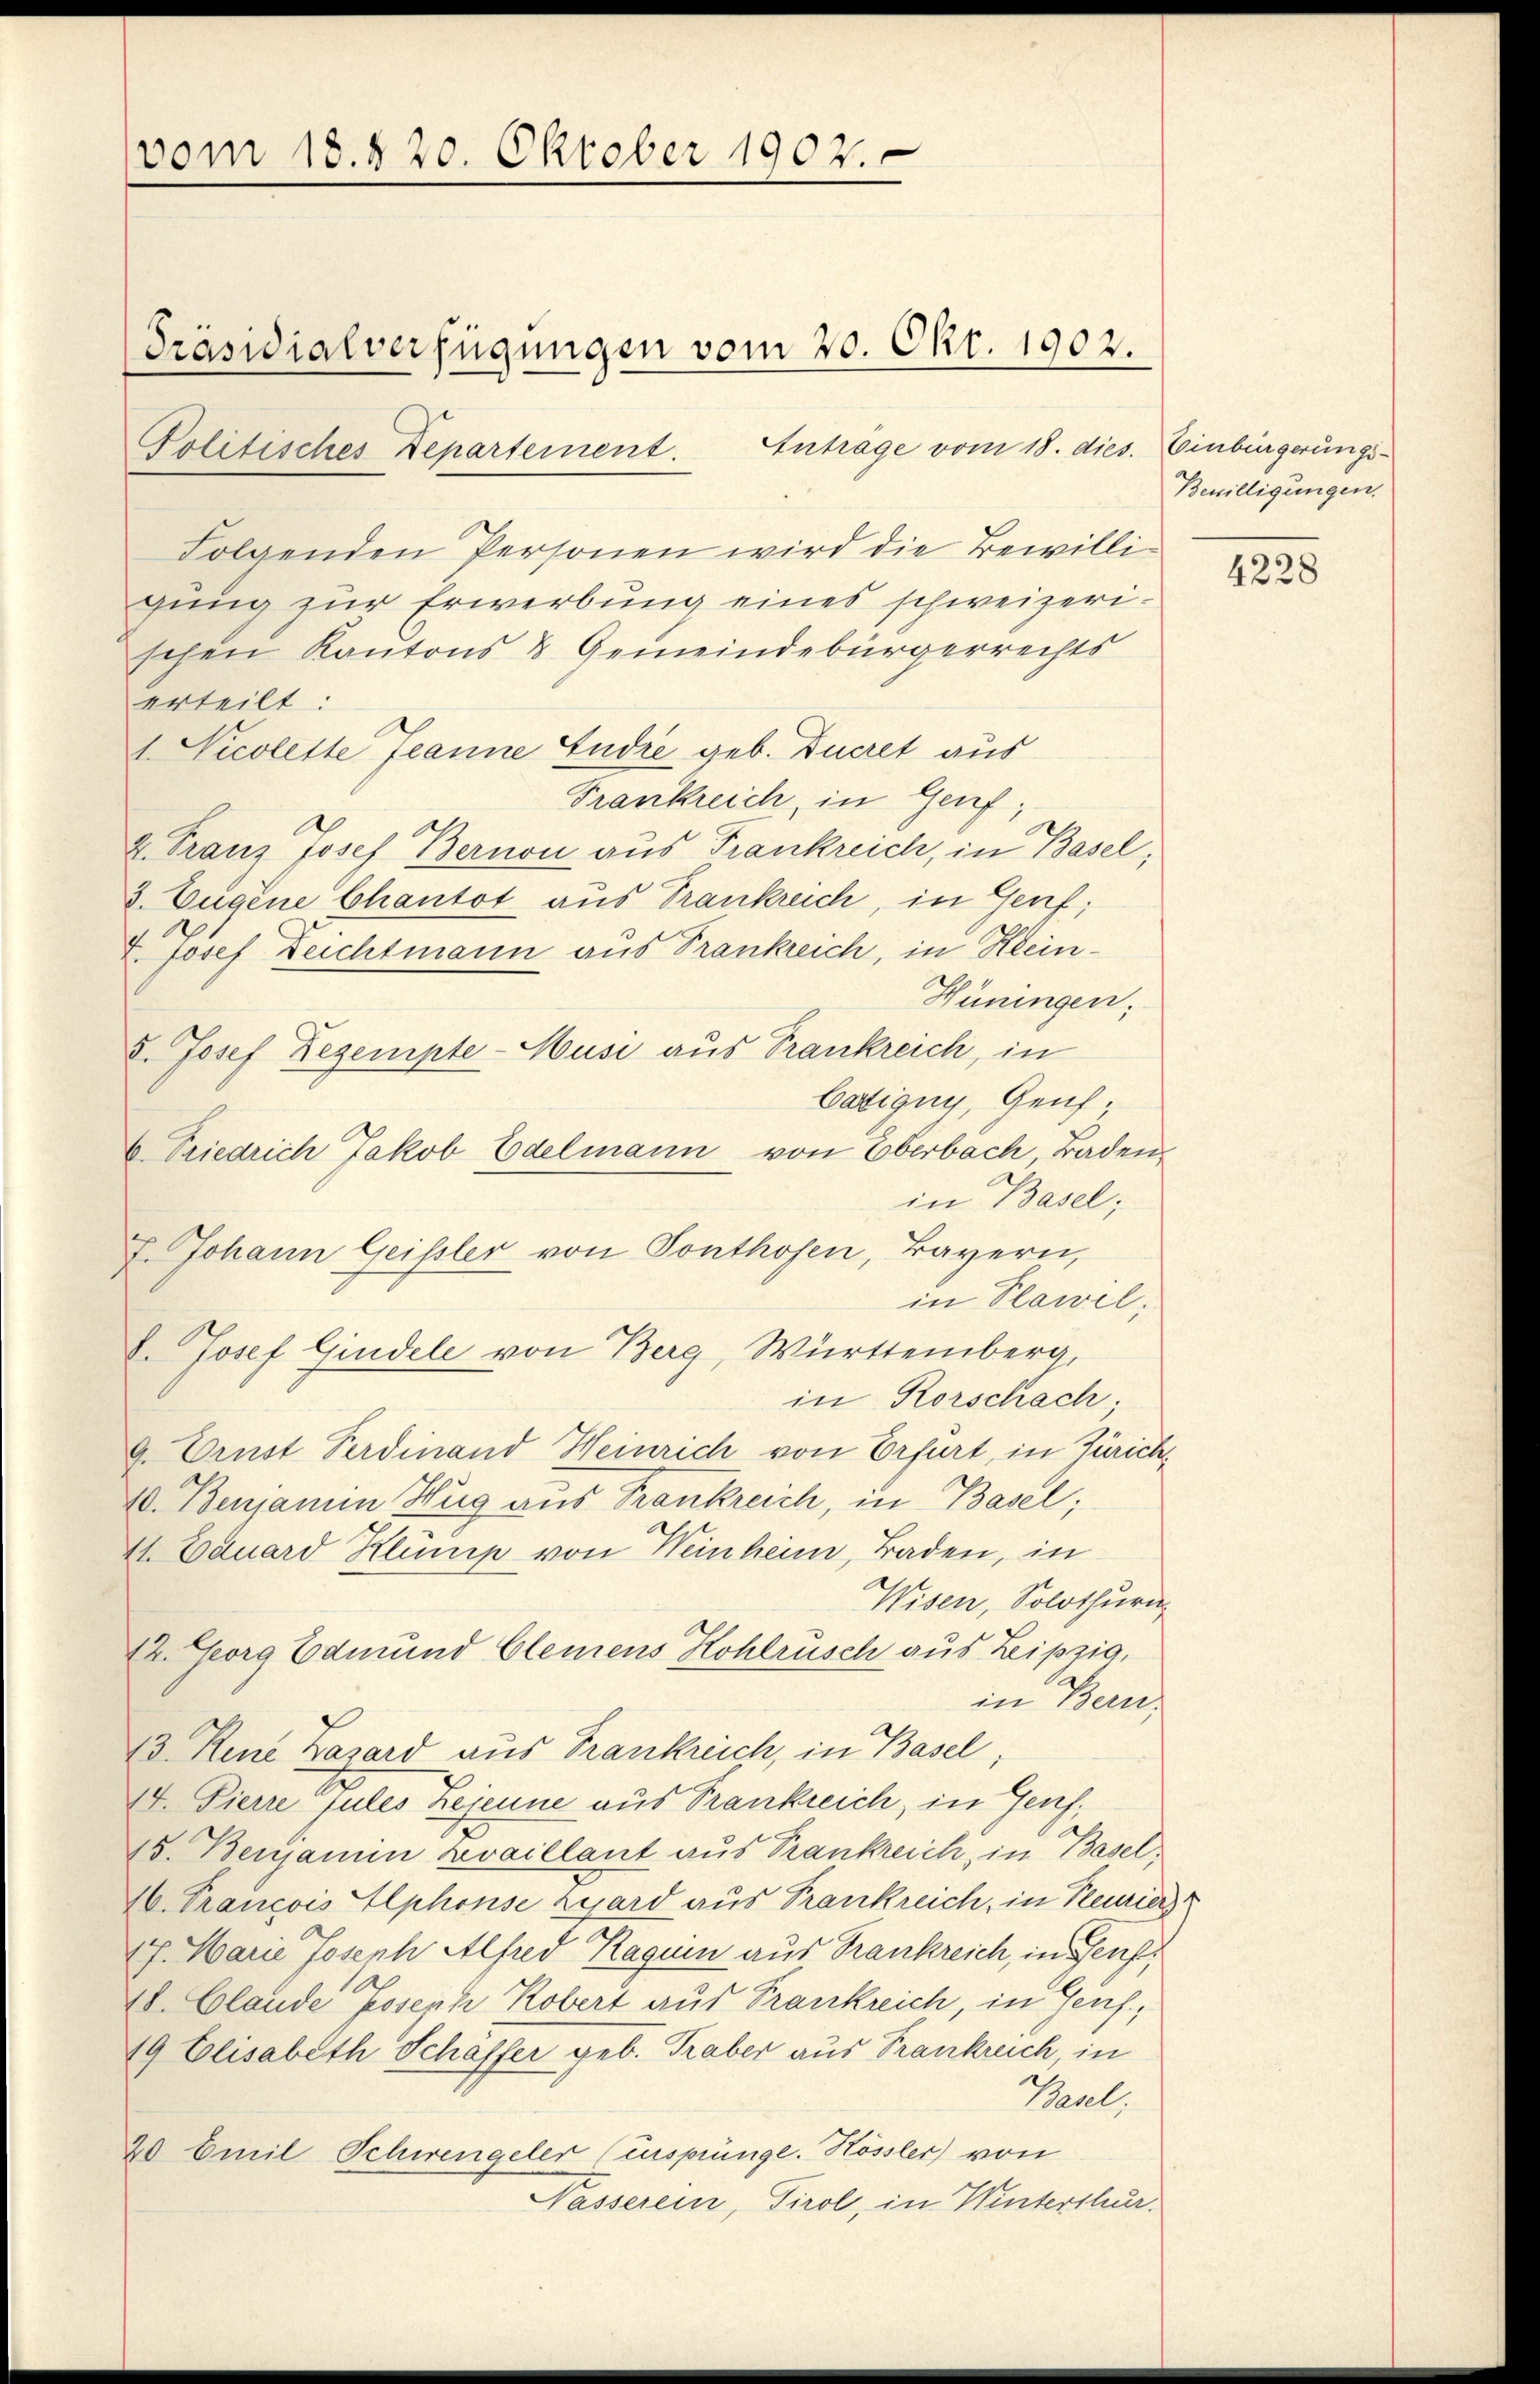
vom 18. § 20. Oktober 1902.

Politisches Departement. Anträge vom 18. dies. Einbürgerungs-
Folgenden Personen wird die Bewilligung zur Erwerbung eines schweizerischen Kantons & Gemeindebürgerrechts
erteilt:
1. Nicolette Jeanne Endre geb. Ducret aus
Frankreich, in Genf;
2. Franz Josef Bernon aus Frankreich, in Basel,
d. Eugene Chantot aus Trankreich, in Genf;
7. Josef Deichtmann aus Frankreich, in Klein¬
Hüningen,
d. Josef Dezempte-Musi aus Frankreich, in
Catigny, Genf,
6. Priedrich Jakob Edelmann von Eberbach, Baden,
in Basel;
7. Johann Geissler von Ponthosen, Bayern,
in Plawil;
. Josef Gindele von Berg, Württemberg,
in Rorschach;
9. Ernst Ferdinand Heinrich von Erfurt, in Zürich¬
10. Benjamin Hug aus Trankreich, in Basel;
11. Eduard Klump von Weinheim, Baden, in
Wisen, Solothurn,
12. Georg Edmund Clemens Kohlrusch aus Leipzig,
in Bern,
13. Reue Zasard aus Frankreich, in Basel
1. Pierre Pules Lejeune aus Frankreich, in Genf,
15. Benjamin kvaillant aus Trankreich, in Basel,
16. Francois Alphonse zyard aus Frankreich, in Feurier
17. Marie Joseph Alfred Raguen aus Frankreich, in Genf,
18. Glande Joseph Kobert aus Frankreich, in Genf,
19 Elisabeth Schaffer geb. Traber aus Frankreich, in
Tal.
20 Emil Schwengeler (ursprünge. Hössler von
Nasserein, Tirol, in Winterstuer.

Präsidialverfügungen vom 20. Okt. 1902.

Bewilligungen.

s

4228